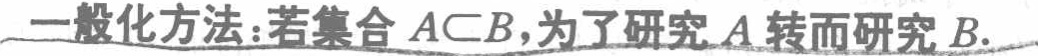
一般化方法：若集合 \(A\subset B\)，为了研究 \(A\) 转而研究 \(B\).